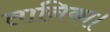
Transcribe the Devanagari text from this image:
तानिका।